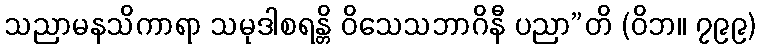
သညာမနသိကာရာ သမုဒါစရန္တိ ဝိသေသဘာဂိနီ ပညာ”တိ (ဝိဘ။ ၇၉၉)